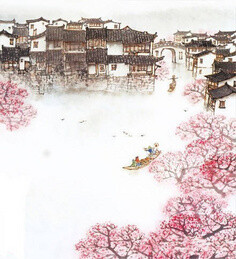
小雨空帘，无人深巷，已早杏花先卖。